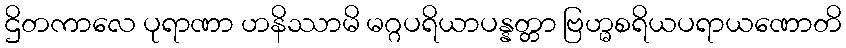
ဌိတကာလေ ပုရာဏာ ဟနိဿာမိ မဂ္ဂပရိယာပန္နတ္တာ ဗြဟ္မစရိယပရာယဏောတိ